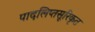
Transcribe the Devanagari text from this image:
पादलिप्तसूरिकृत